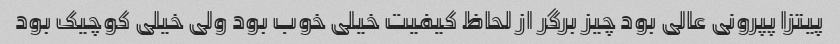
پیتزا پپرونی عالی بود چیز برگر از لحاظ کیفیت خیلی خوب بود ولی خیلی کوچیک بود